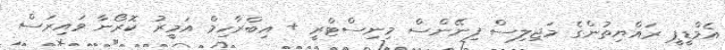
އެމްޑީޕީ ރައްޔިތުންގެ މަޖިލިސް ފިނޭންސް މިނިސްޓްރީ + އިބްރާހިމް އަމީރު ކޮރޯނާ ވައިރަސް